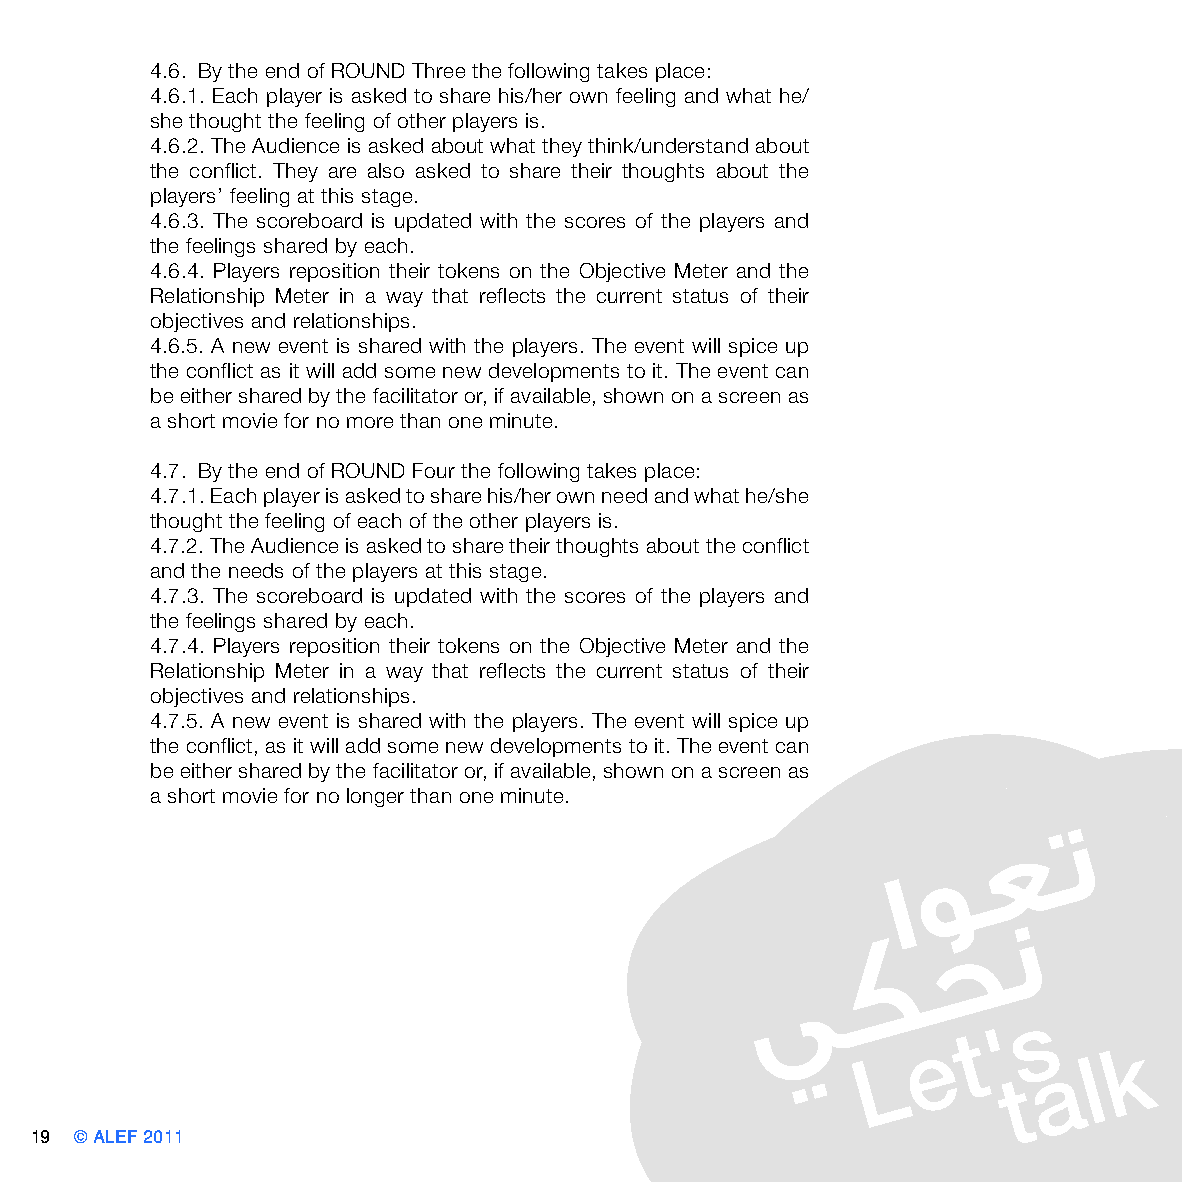
4.6. By the end of ROUND Three the following takes place:
 4.6.1. Each player is asked to share his/her own feeling and what he/
 she thought the feeling of other players is.
 4.6.2. The Audience is asked about what they think/understand about
 the conflict. They are also asked to share their thoughts about the
 players’ feeling at this stage.
 4.6.3. The scoreboard is updated with the scores of the players and
 the feelings shared by each.
 4.6.4. Players reposition their tokens on the Objective Meter and the
 Relationship Meter in a way that reflects the current status of their
 objectives and relationships.
 4.6.5. A new event is shared with the players. The event will spice up
 the conflict as it will add some new developments to it. The event can
 be either shared by the facilitator or, if available, shown on a screen as
 a short movie for no more than one minute.
 4.7. By the end of ROUND Four the following takes place:
 4.7.1. Each player is asked to share his/her own need and what he/she
 thought the feeling of each of the other players is.
 4.7.2. The Audience is asked to share their thoughts about the conflict
 and the needs of the players at this stage.
 4.7.3. The scoreboard is updated with the scores of the players and
 the feelings shared by each.
 4.7.4. Players reposition their tokens on the Objective Meter and the
 Relationship Meter in a way that reflects the current status of their
 objectives and relationships.
 4.7.5. A new event is shared with the players. The event will spice up
 the conflict, as it will add some new developments to it. The event can
 be either shared by the facilitator or, if available, shown on a screen as
 a short movie for no longer than one minute.
 19 © ALEF 2011